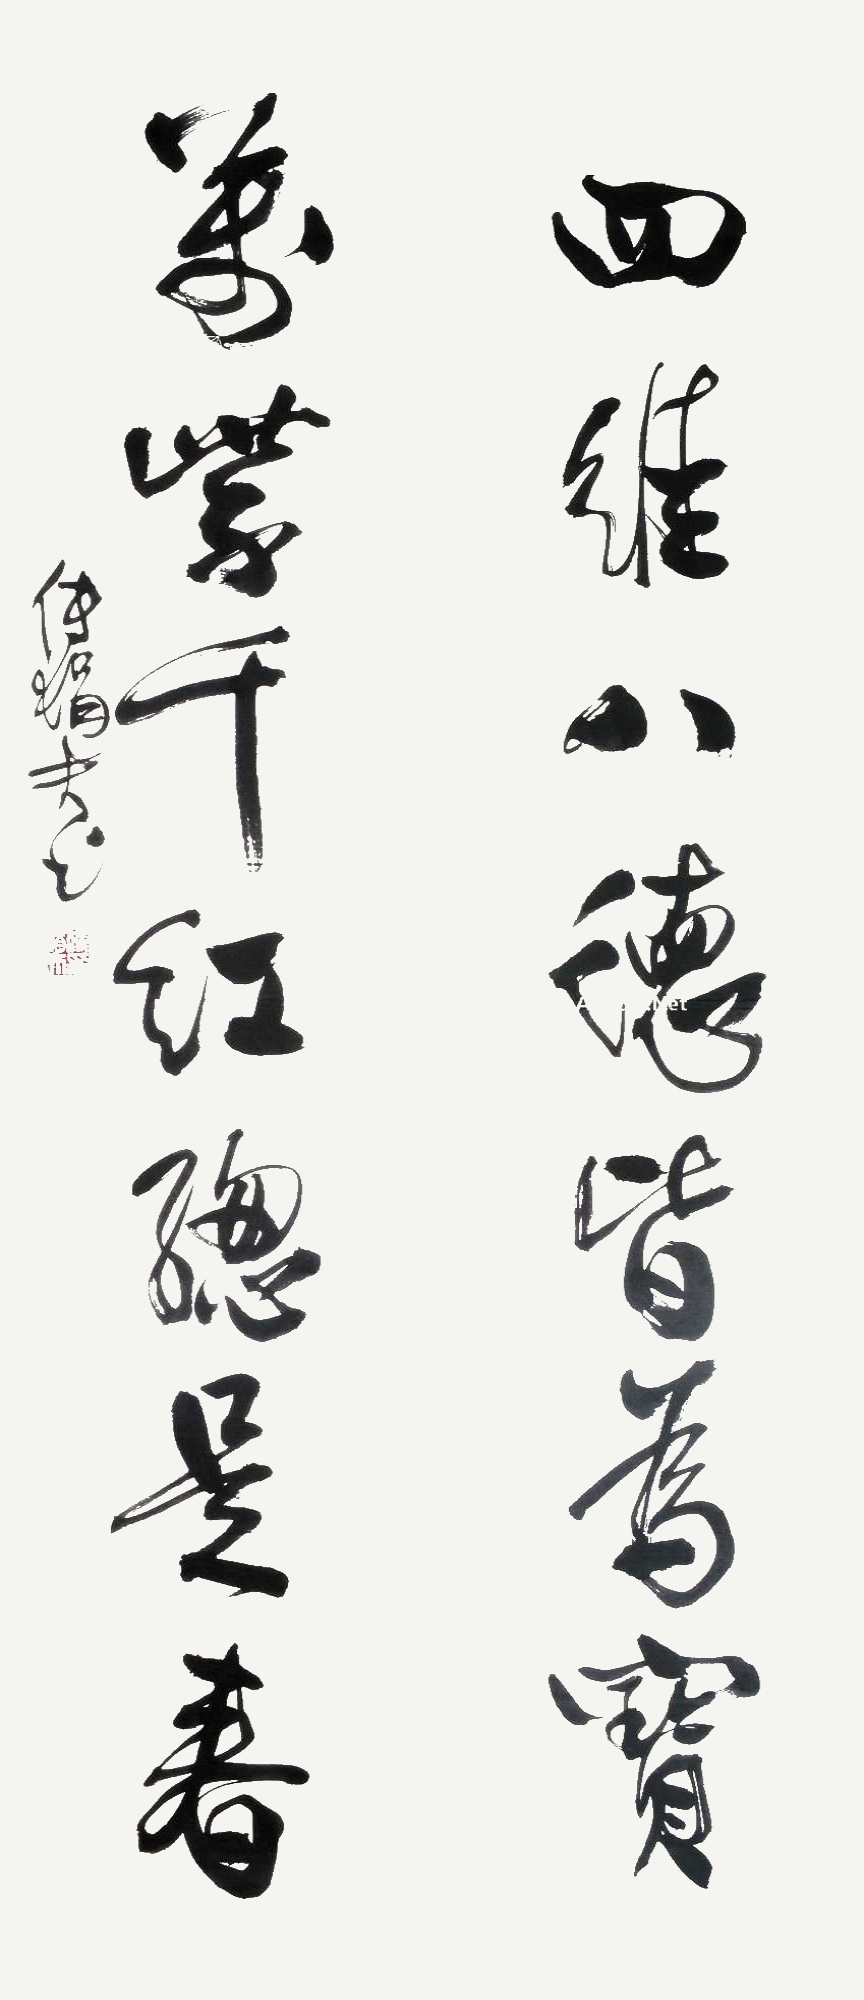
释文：四维八德皆为宝，万紫千红总是春。傅狷夫。